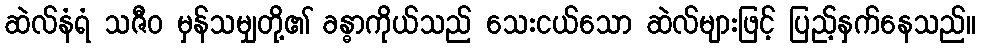
ဆဲလ်နံရံ သဇီဝ မှန်သမျှတို့၏ ခန္ဓာကိုယ်သည် သေးငယ်သော ဆဲလ်များဖြင့် ပြည့်နှက်နေသည်။